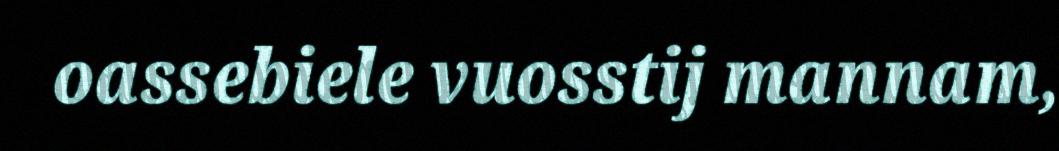
oassebiele vuosstij mannam,